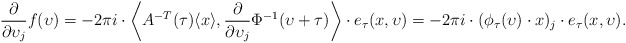
\begin{align*} \frac{\partial}{\partial \upsilon_j} f(\upsilon) = -2\pi i \cdot \left\langle A^{-T}(\tau) \langle x\rangle , \frac{\partial}{\partial \upsilon_j}\Phi^{-1}(\upsilon+\tau) \right\rangle \cdot e_{\tau}(x,\upsilon) = -2\pi i \cdot (\phi_{\tau}(\upsilon)\cdot x)_j \cdot e_{\tau}(x,\upsilon) .\end{align*}